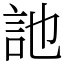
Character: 訑